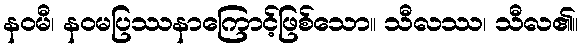
နဝမီ၊ နဝမပြဿနာကြောင့်ဖြစ်သော။ သီလဿ၊ သီလ၏။